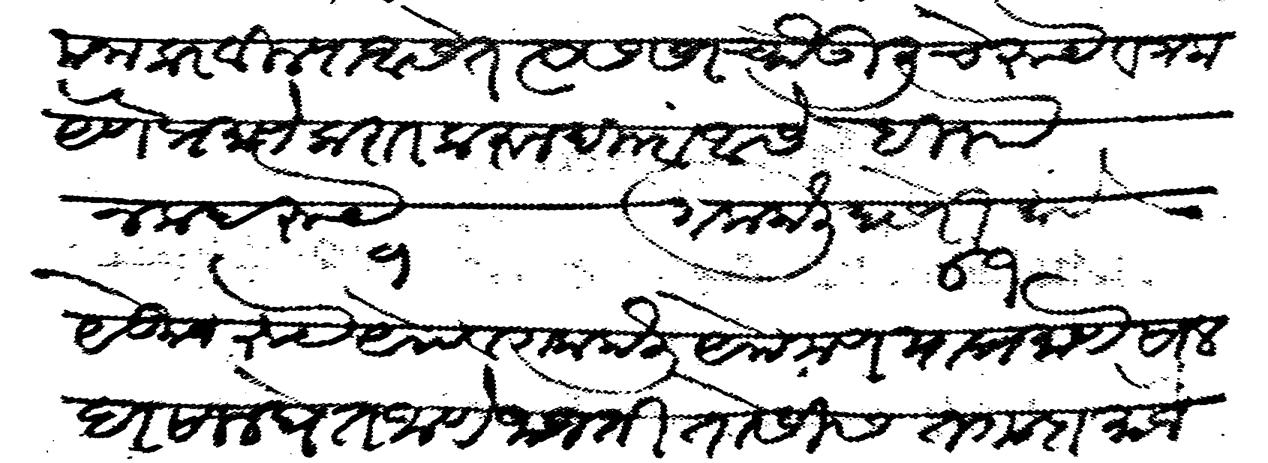
Transliteration (Devanagari): मना करवील्या असेत त्यास सरचौकुलीचे रुये व गला येणेप्रमाणे करार करून दिल्हा असे बीताो नकद रुपये गला केली दसेरी मापे येकुन रुपये येक व गला केली येक मण याप्रमाणे साल दरसाल घेत जाणे जाजती तोसीस तगादा मौजे